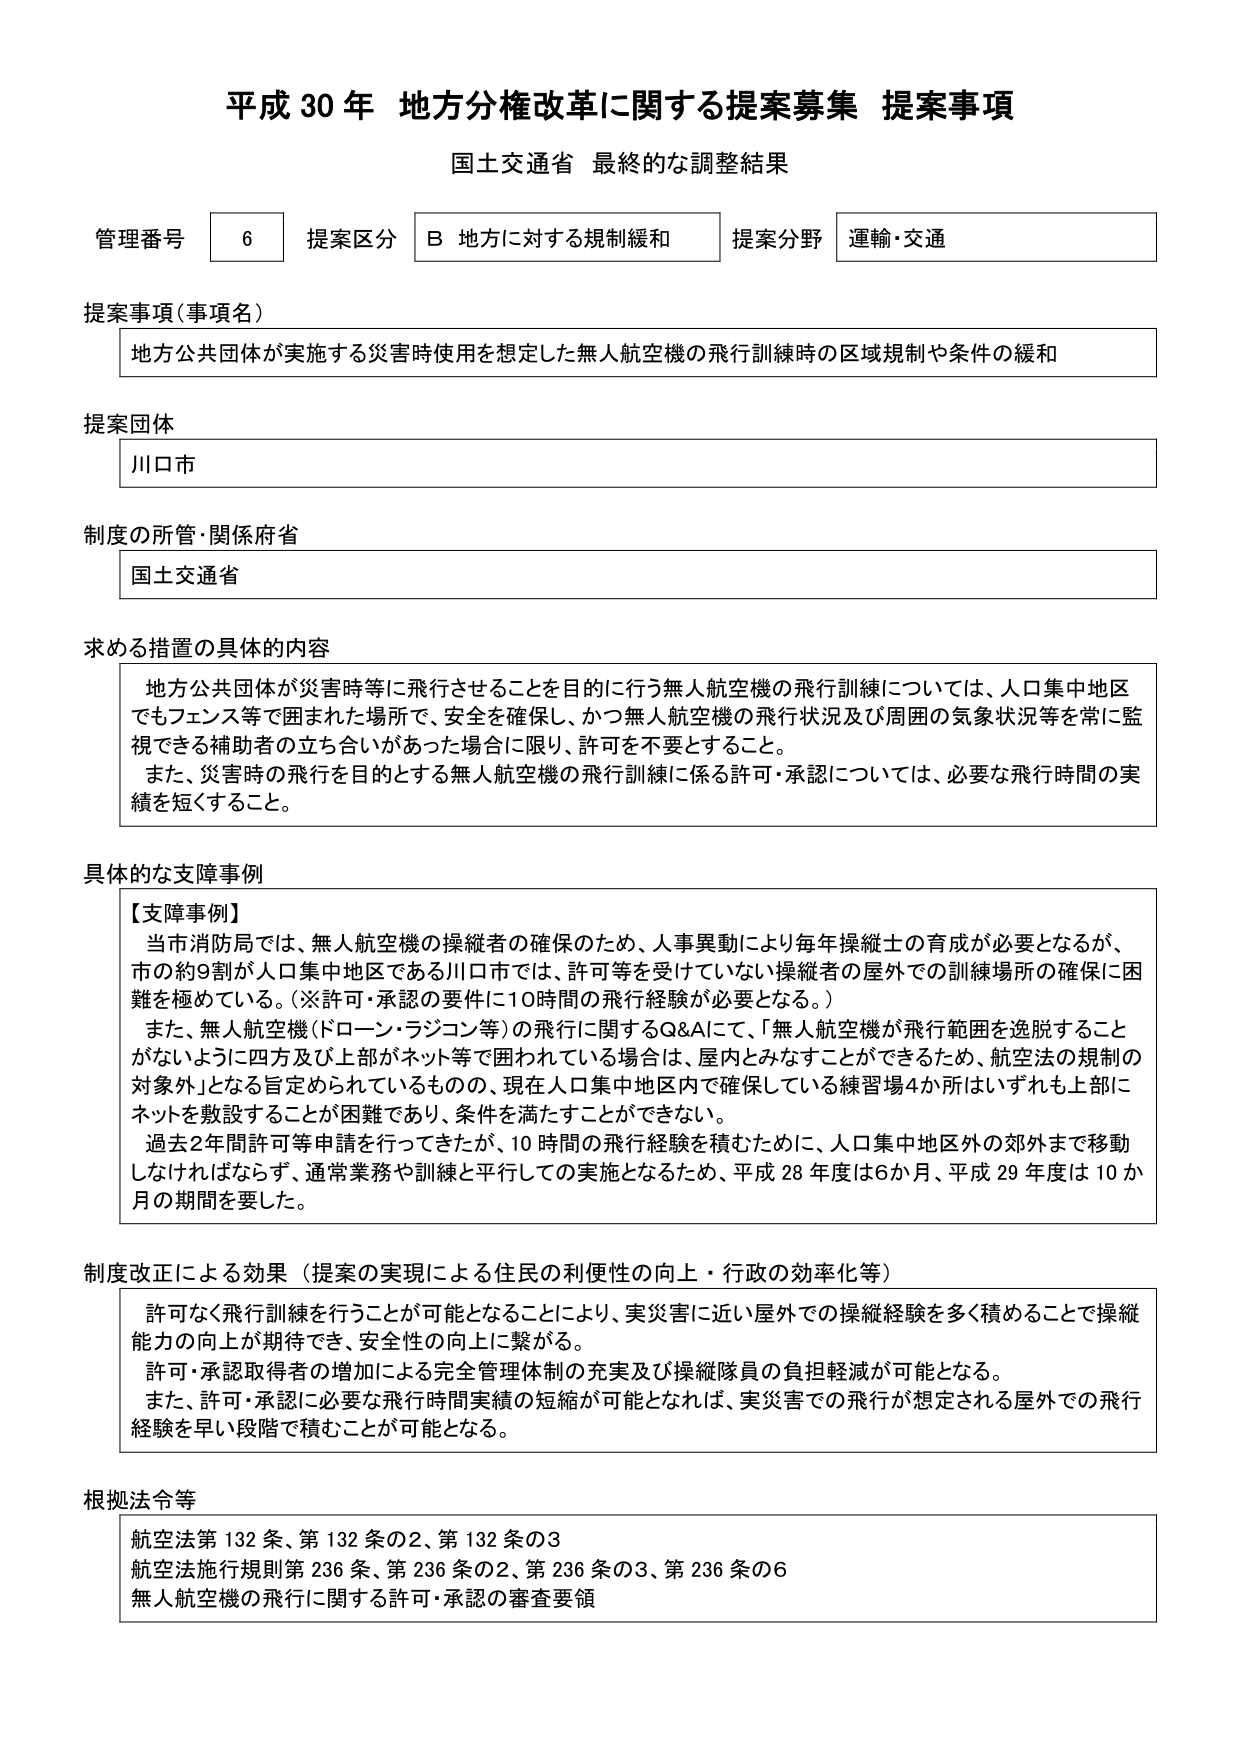
平成30年 地方分権改革に関する提案募集 提案事項
国土交通省 最終的な調整結果

管理番号 6 提案区分 B 地方に対する規制緩和 提案分野 運輸・交通

提案事項（事項名）
地方公共団体が実施する災害時使用を想定した無人航空機の飛行訓練時の区域規制や条件の緩和

提案団体
川口市

制度の所管・関係府省
国土交通省

求める措置の具体的内容
地方公共団体が災害時等に飛行させることを目的に行う無人航空機の飛行訓練については、人口集中地区でもフェンス等で囲まれた場所で、安全を確保し、かつ無人航空機の飛行状況及び周囲の気象状況等を常に監視できる補助者の立ち合いがあった場合に限り、許可を不要とすること。
また、災害時の飛行を目的とする無人航空機の飛行訓練に係る許可・承認については、必要な飛行時間の実績を短くすること。

具体的な支障事例
【支障事例】
当市消防局では、無人航空機の操縦者の確保のため、人事異動により毎年操縦士の育成が必要となるが、市の約9割が人口集中地区である川口市では、許可等を受けていない操縦者の屋外での訓練場所の確保に困難を極めている。（※許可・承認の要件に10時間の飛行経験が必要となる。）
また、無人航空機（ドローン・ラジコン等）の飛行に関するQ&Aにて、「無人航空機が飛行範囲を逸脱することがないように四方及び上部がネット等で囲われている場合は、屋内とみなすことができるため、航空法の規制の対象外」となる旨定められているものの、現在人口集中地区内で確保している練習場4か所はいずれも上部にネットを敷設することが困難であり、条件を満たすことができない。
過去2年間許可等申請を行ってきたが、10時間の飛行経験を積むために、人口集中地区外の郊外まで移動しなければならず、通常業務や訓練と平行しての実施となるため、平成28年度は6か月、平成29年度は10か月の期間を要した。

制度改正による効果（提案の実現による住民の利便性の向上・行政の効率化等）
許可なく飛行訓練を行うことが可能となることにより、実災害に近い屋外での操縦経験を多く積むことで操縦能力の向上が期待でき、安全性の向上に繋がる。
許可・承認取得者の増加による完全管理体制の充実及び操縦隊員の負担軽減が可能となる。
また、許可・承認に必要な飛行時間実績の短縮が可能となれば、実災害での飛行が想定される屋外での飛行経験を早い段階で積むことが可能となる。

根拠法令等
航空法第132条、第132条の2、第132条の3
航空法施行規則第236条、第236条の2、第236条の3、第236条の6
無人航空機の飛行に関する許可・承認の審査要領